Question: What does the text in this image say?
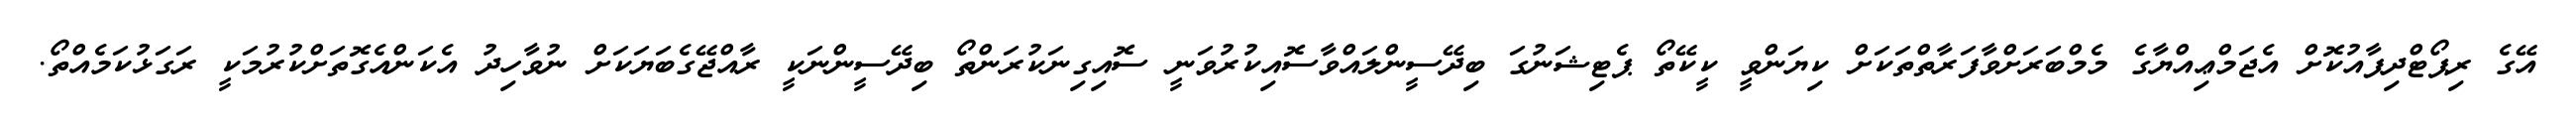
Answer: އޭގެ ރިޕޯޓްދިފާއުކޮށް އެޖަމްޢިއްޔާގެ މެމްބަރަށްވާފަރާތްތަކަށް ކިޔަންވީ ކީކޭތޯ ޕެޓިޝަނުގަ ބިދޭސީންލައްވާސޮއިކުރުވަނީ ސޮއިގިނަކުރަންތޯ ބިދޭސީންނަކީ ރާއްޖޭގެބަޔަކަށް ނުވާހިދު އެކަންއެގޮތަށްކުރުމަކީ ރަގަޅުކަމެއްތޯ.